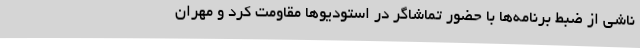
ناشی از ضبط برنامه‌ها با حضور تماشاگر در استودیوها مقاومت کرد و مهران